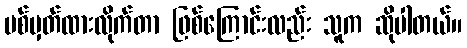
ပစ်မှတ်ထားလိုက်တာ ဖြစ်ကြောင်းလည်း သူက ဆိုပါတယ်။